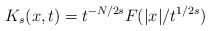
\begin{align*}K_s(x,t)=t^{-N/2s}F(|x|/t^{1/2s})\end{align*}